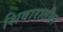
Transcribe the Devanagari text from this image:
शिवारातील